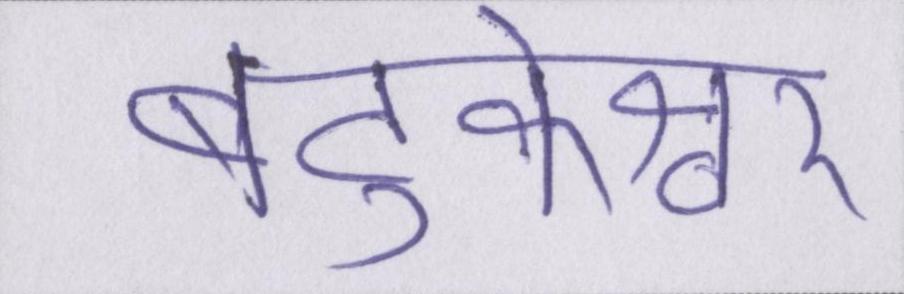
बटुकेश्वर